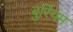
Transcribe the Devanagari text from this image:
बुर्रियम